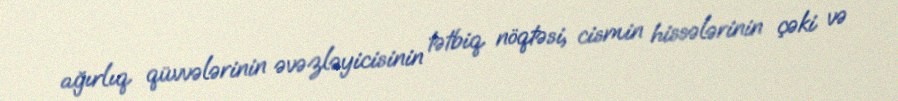
ağırlıq qüvvələrinin əvəzləyicisinin tətbiq nöqtəsi, cismin hissələrinin çəki və